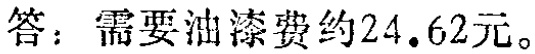
答：需要油漆费约\(24.62\)元。